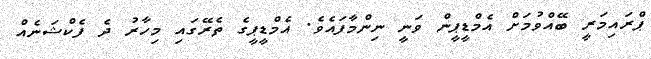
ޕްރައިމަރީ ބޭއްވުމަށް އެމްޑީޕީން ވަނީ ނިންމާފައެވެ. އެމްޑީޕީގެ ތެރޭގައި މިހާރު ދެ ފެކްޝަނެއް